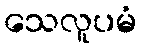
သေလူပမံ